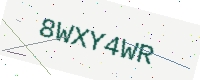
Text: 8WXY4WR